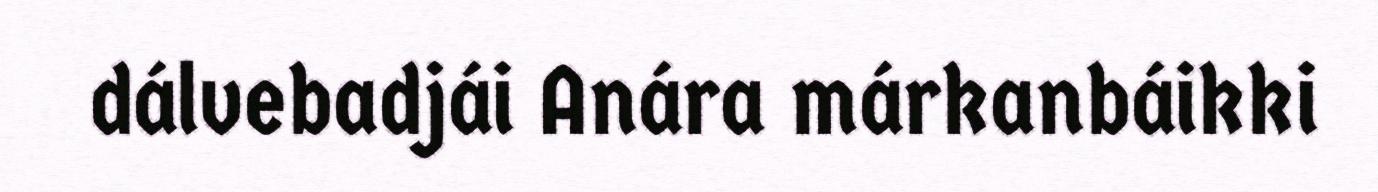
dálvebadjái Anára márkanbáikki